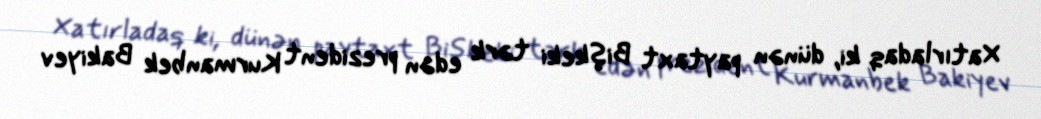
Xatırladaq ki, dünən paytaxt Bişkeki tərk edən prezident Kurmanbek Bakiyev